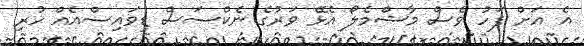
އެ އަށް ފަހު ވެސް މާޝްމެލޯ އެޅޭ ވަރުގެ ނެކްސަސް ޑިވައިސްއެއް ހުރި